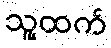
သူ့ထက်